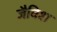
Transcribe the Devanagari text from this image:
जैविश